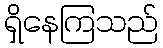
ရှိနေကြသည်